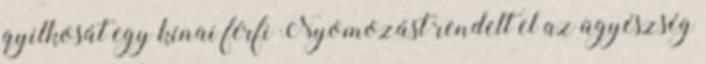
gyilkosát egy kínai férfi Nyomozást rendelt el az ügyészség